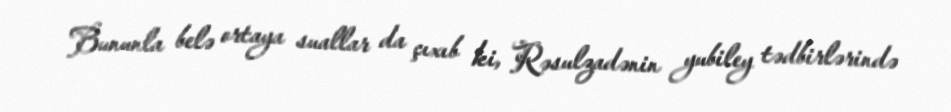
Bununla belə ortaya suallar da çıxıb ki, Rəsulzadənin yubiley tədbirlərində